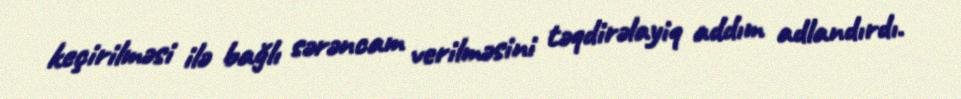
keçirilməsi ilə bağlı sərəncam verilməsini təqdirəlayiq addım adlandırdı.